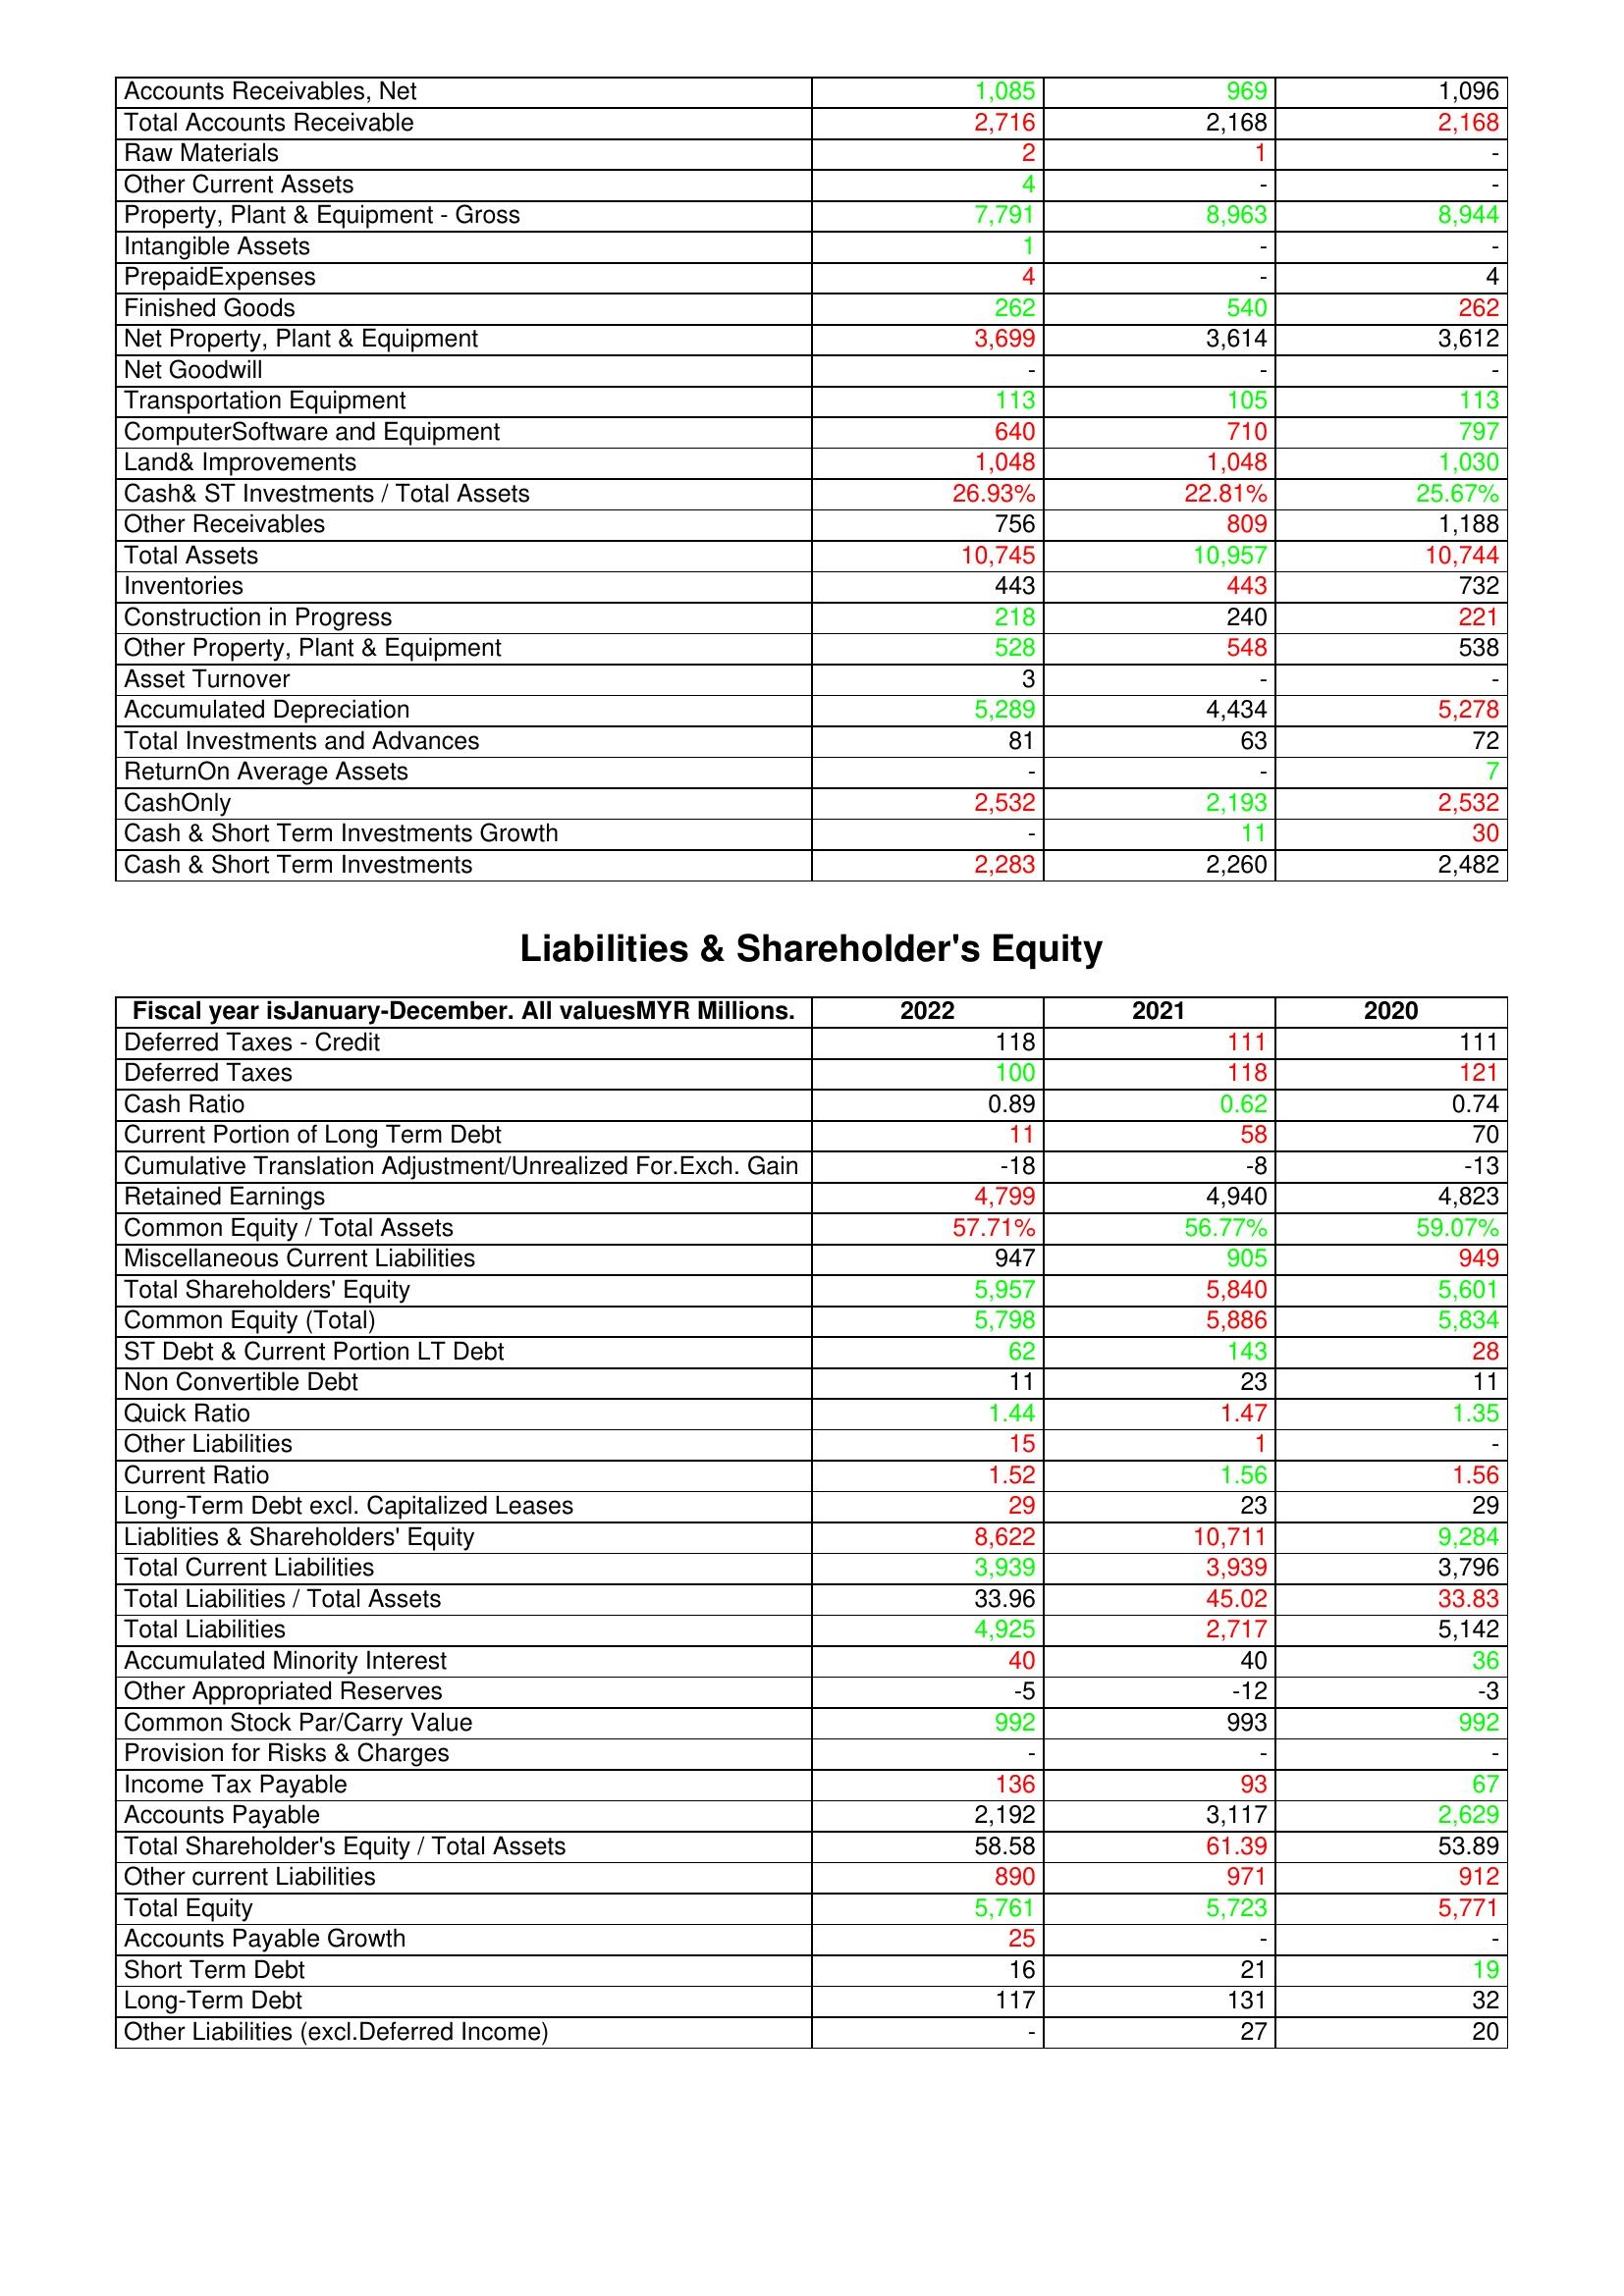
gt_parse: 2022: Assets: Accounts Receivables, Net: 1,085
Total Accounts Receivable: 2,716
Raw Materials: 2
Other Current Assets: 4
Property, Plant & Equipment - Gross : 7,791
Intangible Assets: 1
PrepaidExpenses: 4
Finished Goods: 262
Net Property, Plant & Equipment: 3,699
Net Goodwill: -
Transportation Equipment: 113
ComputerSoftware and Equipment: 640
Land& Improvements: 1,048
Cash& ST Investments / Total Assets: 26.93%
Other Receivables: 756
Total Assets: 10,745
Inventories: 443
Construction in Progress: 218
Other Property, Plant & Equipment: 528
Asset Turnover: 3
Accumulated Depreciation: 5,289
Total Investments and Advances: 81
ReturnOn Average Assets: -
CashOnly: 2,532
Cash & Short Term Investments Growth: -
Cash & Short Term Investments: 2,283
Liabilities & Shareholder's Equity: Deferred Taxes - Credit: 118
Deferred Taxes: 100
Cash Ratio: 0.89
Current Portion of Long Term Debt: 11
Cumulative Translation Adjustment/Unrealized For.Exch. Gain: -18
Retained Earnings: 4,799
Common Equity / Total Assets: 57.71%
Miscellaneous Current Liabilities: 947
Total Shareholders' Equity: 5,957
Common Equity (Total): 5,798
ST Debt & Current Portion LT Debt: 62
Non Convertible Debt: 11
Quick Ratio: 1.44
Other Liabilities: 15
Current Ratio: 1.52
Long-Term Debt excl. Capitalized Leases: 29
Liablities & Shareholders' Equity: 8,622
Total Current Liabilities: 3,939
Total Liabilities / Total Assets: 33.96
Total Liabilities: 4,925
Accumulated Minority Interest: 40
Other Appropriated Reserves: -5
Common Stock Par/Carry Value: 992
Provision for Risks & Charges: -
Income Tax Payable: 136
Accounts Payable: 2,192
Total Shareholder's Equity / Total Assets: 58.58
Other current Liabilities: 890
Total Equity: 5,761
Accounts Payable Growth: 25
Short Term Debt: 16
Long-Term Debt: 117
Other Liabilities (excl.Deferred Income): -
2021: Assets: Accounts Receivables, Net: 969
Total Accounts Receivable: 2,168
Raw Materials: 1
Other Current Assets: -
Property, Plant & Equipment - Gross : 8,963
Intangible Assets: -
PrepaidExpenses: -
Finished Goods: 540
Net Property, Plant & Equipment: 3,614
Net Goodwill: -
Transportation Equipment: 105
ComputerSoftware and Equipment: 710
Land& Improvements: 1,048
Cash& ST Investments / Total Assets: 22.81%
Other Receivables: 809
Total Assets: 10,957
Inventories: 443
Construction in Progress: 240
Other Property, Plant & Equipment: 548
Asset Turnover: -
Accumulated Depreciation: 4,434
Total Investments and Advances: 63
ReturnOn Average Assets: -
CashOnly: 2,193
Cash & Short Term Investments Growth: 11
Cash & Short Term Investments: 2,260
Liabilities & Shareholder's Equity: Deferred Taxes - Credit: 111
Deferred Taxes: 118
Cash Ratio: 0.62
Current Portion of Long Term Debt: 58
Cumulative Translation Adjustment/Unrealized For.Exch. Gain: -8
Retained Earnings: 4,940
Common Equity / Total Assets: 56.77%
Miscellaneous Current Liabilities: 905
Total Shareholders' Equity: 5,840
Common Equity (Total): 5,886
ST Debt & Current Portion LT Debt: 143
Non Convertible Debt: 23
Quick Ratio: 1.47
Other Liabilities: 1
Current Ratio: 1.56
Long-Term Debt excl. Capitalized Leases: 23
Liablities & Shareholders' Equity: 10,711
Total Current Liabilities: 3,939
Total Liabilities / Total Assets: 45.02
Total Liabilities: 2,717
Accumulated Minority Interest: 40
Other Appropriated Reserves: -12
Common Stock Par/Carry Value: 993
Provision for Risks & Charges: -
Income Tax Payable: 93
Accounts Payable: 3,117
Total Shareholder's Equity / Total Assets: 61.39
Other current Liabilities: 971
Total Equity: 5,723
Accounts Payable Growth: -
Short Term Debt: 21
Long-Term Debt: 131
Other Liabilities (excl.Deferred Income): 27
2020: Assets: Accounts Receivables, Net: 1,096
Total Accounts Receivable: 2,168
Raw Materials: -
Other Current Assets: -
Property, Plant & Equipment - Gross : 8,944
Intangible Assets: -
PrepaidExpenses: 4
Finished Goods: 262
Net Property, Plant & Equipment: 3,612
Net Goodwill: -
Transportation Equipment: 113
ComputerSoftware and Equipment: 797
Land& Improvements: 1,030
Cash& ST Investments / Total Assets: 25.67%
Other Receivables: 1,188
Total Assets: 10,744
Inventories: 732
Construction in Progress: 221
Other Property, Plant & Equipment: 538
Asset Turnover: -
Accumulated Depreciation: 5,278
Total Investments and Advances: 72
ReturnOn Average Assets: 7
CashOnly: 2,532
Cash & Short Term Investments Growth: 30
Cash & Short Term Investments: 2,482
Liabilities & Shareholder's Equity: Deferred Taxes - Credit: 111
Deferred Taxes: 121
Cash Ratio: 0.74
Current Portion of Long Term Debt: 70
Cumulative Translation Adjustment/Unrealized For.Exch. Gain: -13
Retained Earnings: 4,823
Common Equity / Total Assets: 59.07%
Miscellaneous Current Liabilities: 949
Total Shareholders' Equity: 5,601
Common Equity (Total): 5,834
ST Debt & Current Portion LT Debt: 28
Non Convertible Debt: 11
Quick Ratio: 1.35
Other Liabilities: -
Current Ratio: 1.56
Long-Term Debt excl. Capitalized Leases: 29
Liablities & Shareholders' Equity: 9,284
Total Current Liabilities: 3,796
Total Liabilities / Total Assets: 33.83
Total Liabilities: 5,142
Accumulated Minority Interest: 36
Other Appropriated Reserves: -3
Common Stock Par/Carry Value: 992
Provision for Risks & Charges: -
Income Tax Payable: 67
Accounts Payable: 2,629
Total Shareholder's Equity / Total Assets: 53.89
Other current Liabilities: 912
Total Equity: 5,771
Accounts Payable Growth: -
Short Term Debt: 19
Long-Term Debt: 32
Other Liabilities (excl.Deferred Income): 20